Memorandum on the prevention of leprosy by segregation of the affected
Disease focus: Leprosy
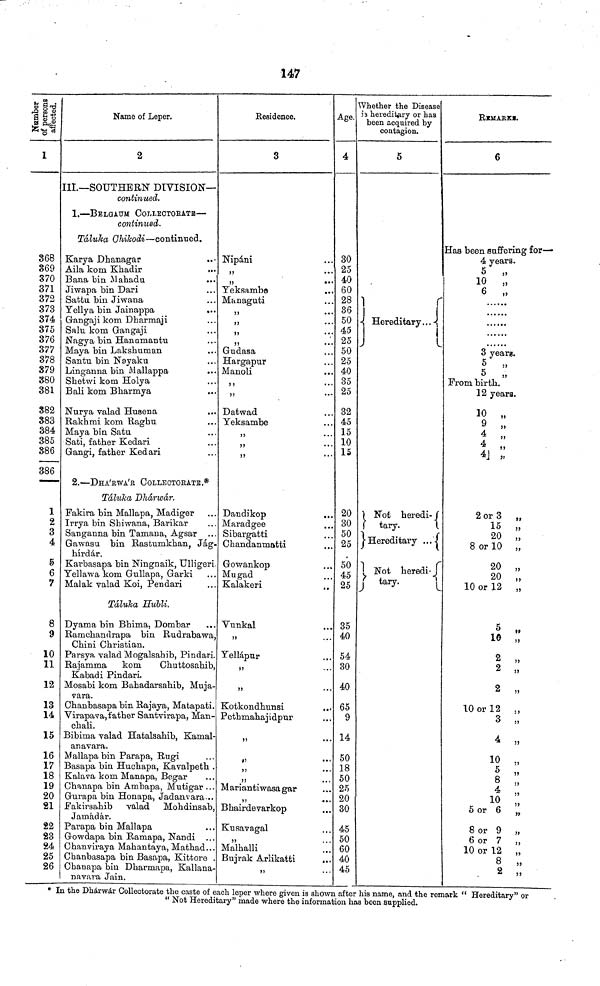
147
ta
1
368
369
370
371
372
373
374
375
376
377
378
379
380
381
S82
883
384
385
386
386
1
2
3
4
5
6
7
8
9
10
11
12
13
14
15
16
17
18
19
20
21
22
23
24
25
26
Name of Leper.
2
III.—SOUTHERN DIVISION—
continued.
1.—BELGIUM COLLECTOBATB—
continued.
Táluka GMIcodi—continued.
Karya Dhanagar
Aila kom Khadir
•••
Bana bin Hahadu
Jiwapa bin Dari
Sattu bin Jiwana
Yellya bin Jainappa
Gangaji kom Dharmaji
Salu kom Gangaji
Nagya bin Han amantu
Maya bin Lakshuman
Santu bin Nayaku
Linganna bin Mallappa
Shetwi kom Holya
Bali kom Bharmya
Nurya valad Huaena
Rakhmi kom Raghu
Maya bin Satu
Sati, father Kedari
Gangi, father Kedari
2.—DHA'RWA'R COLLECTORATE.*
Táluka Dhárwár.
Fakira bin Mallapa, Madiger
Irrya bin Shiwana, Barikar
Sanganna bin Tamana, Agsar ...
Gawasu bin Rastumkhan, Jág-
hírdár.
Kai'basapa bin Ningnaik, Ulligeri
Tellawa kom Gnllapa, Garki
Malak valad Koi, Pendari
Táluka Hubli.
Dyama bin Bhima, Dombar
...
Ramchandrapa bin Rudrabawa,
Chini Christian.
Parsya valad Mogalsahib, Pindari.
Rajamma
kom
Chuttosahib,
Kabadi Pindari.
Mosabi kom Bahadarsahib, Muja-
vara.
Chanbasapa bin Rajaya, Matapati.
Virapava, father Santvirapa, Man-
chali.
Bibima valad Hatalsahib, Kamal-
an avara.
Mallapa bin Parapa, Rugi
Basapa bin Huchapa, Kavalpeth .
Kalava kom Manapa, Begar
Chanapa bin Ambapa, Mutigar ...
Gurapa bin Honapa, Jadanvara
Fakirsahib valad Mohdinsab,
Jamadár.
Parapa bin Mallapa
Gowdapa bin Ramapa, Nandi
Chanviraya Mahantaya, Mathad...
Chanbasapa bin Basapa, Kittore .
Chanapa bin Dharmapa, Kallana-
navara Jain.
Residence.
3
Nipáni
„
• • •
„
••
Yeksa,mbe
Managuti
„
„
„
Gudasa
Hargapur
Manoli
„
•• •
„
...
Datwad
Yeksambe
„
...
„
Dandikop
Maradgee
Sibargatti
Chandanmatti
Gowankop
Mugad
Kalakeri
Vunkal
„
Yellápur
„
„
Kotkondhunsi
Pethmahajidpur
„
...
„
•••
„
...
„
...
Mariantiwasagar
Bhairdevarkop
„
• •
Kusavagal
Malhalli
Bujrak Arlikatti
...
„
Age.
4
30
25
40
60
28
36
50
45
25
50
25
40
35
25
32
45
15
10
15
20
30
50
25
50
45
25
35
40
54
30
40
65
9
14
50
18
50
25
20
30
45
50
60
40
45
Whether the Disease
is hereditary or has
been acquired by
contagion.
5
Hereditary
Not heredi
tary.
Hereditary
Not heredit.
tary.
REMARKS.
6
Has been suffering for—
4 years.
5
„
10
„
6
„
3 year«.
5 „
From birth.
12 years.
10 „
9 „
4 „
4
4 „
2 or 3 „
15 „
20 „
8 or 10 „
20 „
20 „
10 or 12 „
10 „
2 „
2 „
2 „
10 or 12 ,,
3 „
4 „
10 „
5 „
8 „
10 „
5 or 6
8 or 9 „
6 or 7 „
10 or 12 „
8
2 „
* In the Dhárwár Collectorate the caste of each leper where given is shown after his name, and the remark " Hereditary" or
" Not Hereditary" made where the information has been supplied.